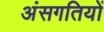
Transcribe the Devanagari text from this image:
अंसगतियों